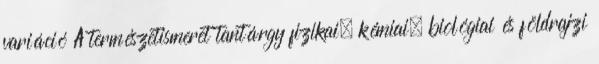
variáció A természetismeret tantárgy fizikai, kémiai, biológiai és földrajzi